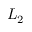
L _ { 2 }